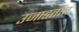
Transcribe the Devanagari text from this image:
उजाडताच